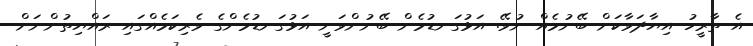
އެ ތާރީހު އިޔާދަވާކަށް ބޭނުމެއް ނުވޭ. އަޅުގަނޑުމެން ބޭނުންވަނީ އަޅުގަނޑުމެންގެ ވެރިކަމެއްގައި ރައްޔިތުންނަށް